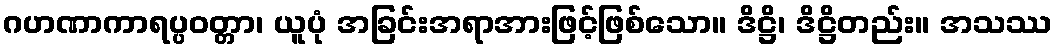
ဂဟဏာကာရပ္ပဝတ္တာ၊ ယူပုံ အခြင်းအရာအားဖြင့်ဖြစ်သော။ ဒိဋ္ဌိ၊ ဒိဋ္ဌိတည်း။ အသဿ